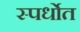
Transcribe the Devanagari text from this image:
स्पर्धाेत